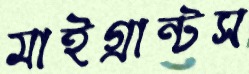
মাইগ্রান্টস